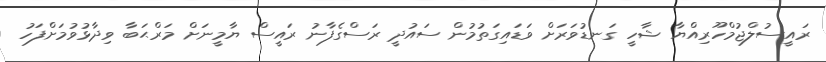
ރައީސުލްޖުމްހޫރިއްޔާ ޝާހީ ގަނޑުވަރަށް ވަޑައިގަތުމުން ސައުދީ ރަސްގެފާނު ރައީސް ޔާމީނަށް މަރްޙަބާ ވިދާޅުވުމަށްފަހު